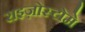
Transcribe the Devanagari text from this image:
राइज़ोस्टोमे